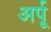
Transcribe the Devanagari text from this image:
अर्पू